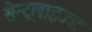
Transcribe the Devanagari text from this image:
सेन्ट्रलाइज्ड